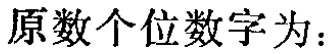
原数个位数字为：